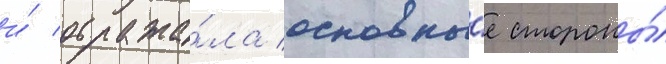
и́ отража́ла основны́е стороны́